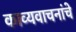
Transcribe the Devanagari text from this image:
काव्यवाचनांचे